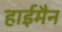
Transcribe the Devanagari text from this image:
हाईमैन